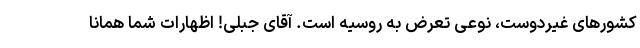
کشورهای غیردوست، نوعی تعرض به روسیه است. آقای جبلی! اظهارات شما همانا